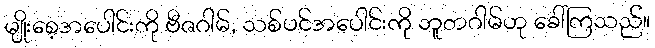
မျိုးစေ့အပေါင်းကို ဗီဇဂါမ်, သစ်ပင်အပေါင်းကို ဘူတဂါမ်ဟု ခေါ်ကြသည်။